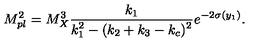
M _ { p l } ^ { 2 } = { M _ { X } ^ { 3 } } { \frac { k _ { 1 } } { \displaystyle { k _ { 1 } ^ { 2 } - ( k _ { 2 } + k _ { 3 } - k _ { c } ) ^ { 2 } } } } e ^ { - 2 \sigma ( y _ { 1 } ) } . \,